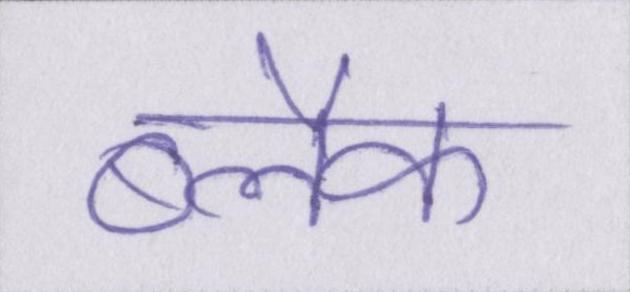
ब्लैक